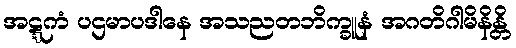
အဋ္ဋကံ ပဌမာပဒါနေ အသညတဘိက္ခူနံ အဂတိဂါမိနိန္တိ